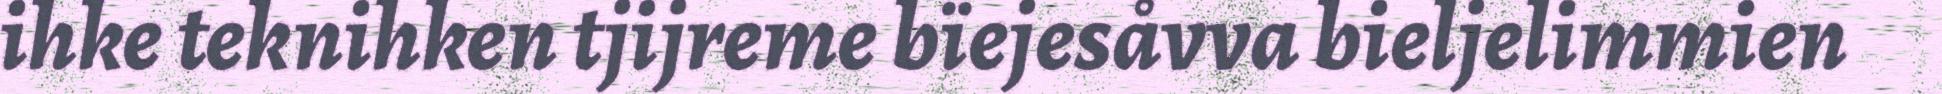
ihke teknihken tjijreme bïejesåvva bieljelimmien